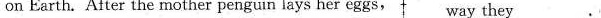
on Earth. After the mother penguin lays her eggs, tway they_________.